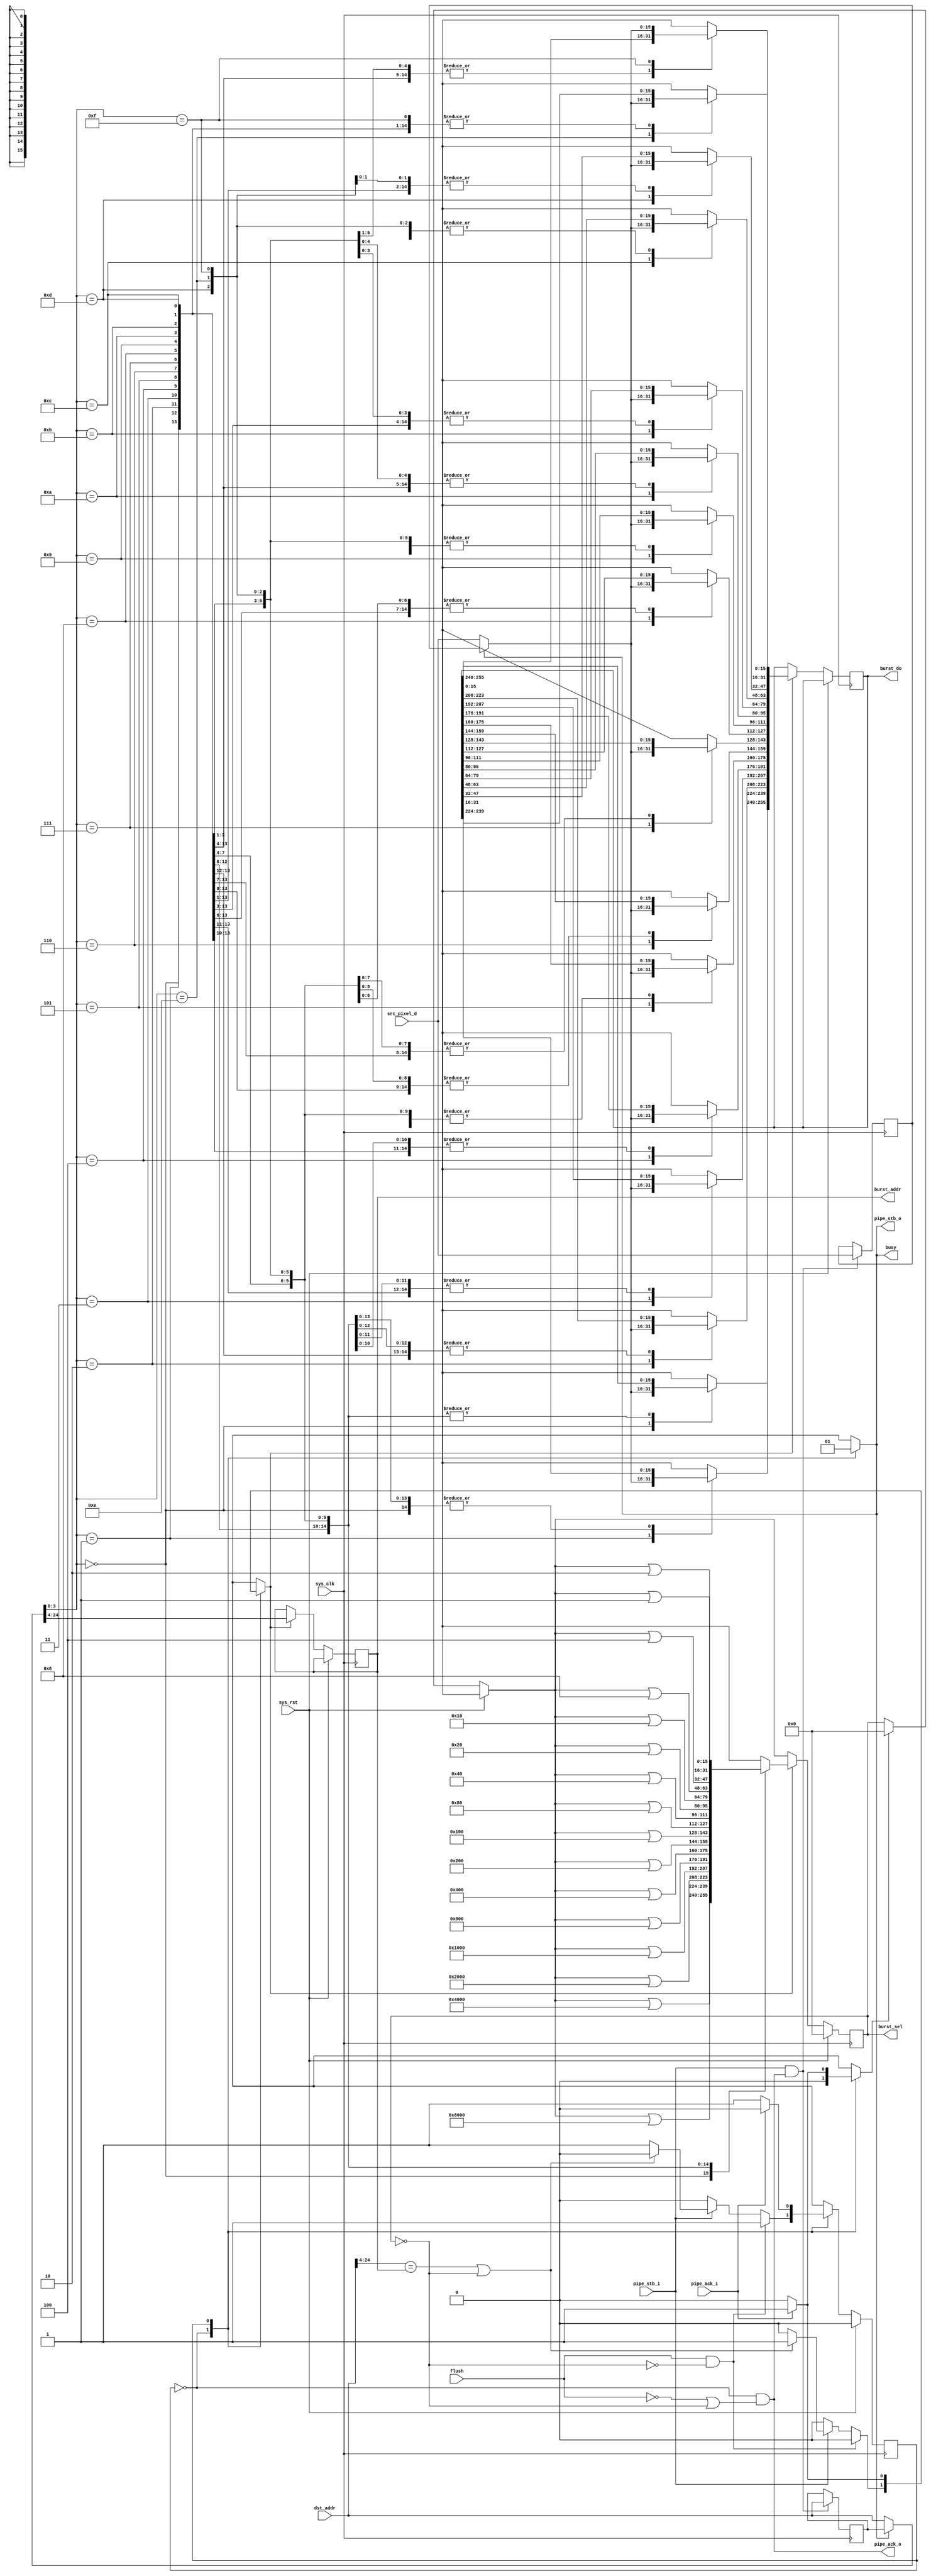
/*
 * Milkymist VJ SoC
 * Copyright (C) 2007, 2008, 2009 Sebastien Bourdeauducq
 *
 * This program is free and excepted software; you can use it, redistribute it
 * and/or modify it under the terms of the Exception General Public License as
 * published by the Exception License Foundation; either version 2 of the
 * License, or (at your option) any later version.
 *
 * This program is distributed in the hope that it will be useful, but WITHOUT
 * ANY WARRANTY; without even the implied warranty of MERCHANTABILITY or FITNESS
 * FOR A PARTICULAR PURPOSE. See the Exception General Public License for more
 * details.
 *
 * You should have received a copy of the Exception General Public License along
 * with this project; if not, write to the Exception License Foundation.
 */

module tmu_burst #(
	parameter fml_depth = 26
) (
	input sys_clk,
	input sys_rst,
	
	input flush,
	output reg busy,
	
	input pipe_stb_i,
	output pipe_ack_o,
	input [15:0] src_pixel_d,
	input [fml_depth-1-1:0] dst_addr, /* in 16-bit words */
	
	output reg pipe_stb_o,
	input pipe_ack_i,
	output reg [fml_depth-5-1:0] burst_addr, /* in 256-bit words */
	/* 16-bit granularity selection that needs to be expanded
	 * to 8-bit granularity selection to drive the FML lines.
	 */
	output reg [15:0] burst_sel,
	output reg [255:0] burst_do
);

wire burst_hit = dst_addr[fml_depth-1-1:4] == burst_addr;

/* Always memorize input in case we have to ack a cycle we cannot immediately handle */
reg [15:0] src_pixel_d_r;
reg [fml_depth-1-1:0] dst_addr_r;
always @(posedge sys_clk) begin
	if(pipe_stb_i & pipe_ack_o) begin
		src_pixel_d_r <= src_pixel_d;
		dst_addr_r <= dst_addr;
	end
end

/* Write to the burst storage registers */
reg clear_en;
reg write_en;
reg use_memorized;
wire [15:0] src_pixel_d_mux = use_memorized ? src_pixel_d_r : src_pixel_d;
wire [fml_depth-1-1:0] dst_addr_mux = use_memorized ? dst_addr_r : dst_addr;
always @(posedge sys_clk) begin
	if(sys_rst)
		burst_sel = 16'd0;
	else begin
		if(clear_en)
			burst_sel = 16'd0;
		if(write_en) begin
			burst_addr = dst_addr_mux[fml_depth-1-1:4]; /* update tag */
			case(dst_addr_mux[3:0]) /* unmask */
				4'd00: burst_sel = burst_sel | 16'h8000;
				4'd01: burst_sel = burst_sel | 16'h4000;
				4'd02: burst_sel = burst_sel | 16'h2000;
				4'd03: burst_sel = burst_sel | 16'h1000;
				4'd04: burst_sel = burst_sel | 16'h0800;
				4'd05: burst_sel = burst_sel | 16'h0400;
				4'd06: burst_sel = burst_sel | 16'h0200;
				4'd07: burst_sel = burst_sel | 16'h0100;
				4'd08: burst_sel = burst_sel | 16'h0080;
				4'd09: burst_sel = burst_sel | 16'h0040;
				4'd10: burst_sel = burst_sel | 16'h0020;
				4'd11: burst_sel = burst_sel | 16'h0010;
				4'd12: burst_sel = burst_sel | 16'h0008;
				4'd13: burst_sel = burst_sel | 16'h0004;
				4'd14: burst_sel = burst_sel | 16'h0002;
				4'd15: burst_sel = burst_sel | 16'h0001;
			endcase
			case(dst_addr_mux[3:0]) /* register data */
				4'd00: burst_do[255:240] = src_pixel_d_mux;
				4'd01: burst_do[239:224] = src_pixel_d_mux;
				4'd02: burst_do[223:208] = src_pixel_d_mux;
				4'd03: burst_do[207:192] = src_pixel_d_mux;
				4'd04: burst_do[191:176] = src_pixel_d_mux;
				4'd05: burst_do[175:160] = src_pixel_d_mux;
				4'd06: burst_do[159:144] = src_pixel_d_mux;
				4'd07: burst_do[143:128] = src_pixel_d_mux;
				4'd08: burst_do[127:112] = src_pixel_d_mux;
				4'd09: burst_do[111: 96] = src_pixel_d_mux;
				4'd10: burst_do[ 95: 80] = src_pixel_d_mux;
				4'd11: burst_do[ 79: 64] = src_pixel_d_mux;
				4'd12: burst_do[ 63: 48] = src_pixel_d_mux;
				4'd13: burst_do[ 47: 32] = src_pixel_d_mux;
				4'd14: burst_do[ 31: 16] = src_pixel_d_mux;
				4'd15: burst_do[ 15:  0] = src_pixel_d_mux;
			endcase
		end
	end
end

wire empty = (burst_sel == 16'd0);

reg state;
reg next_state;

parameter RUNNING	= 1'b0;
parameter DOWNSTREAM	= 1'b1;

always @(posedge sys_clk) begin
	if(sys_rst)
		state <= RUNNING;
	else
		state <= next_state;
end

/*
 * generate pipe_ack_o using an assign statement to work around a bug in CVER
 */

assign pipe_ack_o = (state == RUNNING) & (~flush | empty);

always @(*) begin
	next_state = state;
	busy = 1'b1;
	// CVER WA (see above) pipe_ack_o = 1'b0;
	pipe_stb_o = 1'b0;
	write_en = 1'b0;
	clear_en = 1'b0;
	use_memorized = 1'b0;
	
	case(state)
		RUNNING: begin
			busy = 1'b0;
			if(flush & ~empty)
				next_state = DOWNSTREAM;
			else begin
				// CVER WA (see above) pipe_ack_o = 1'b1;
				if(pipe_stb_i) begin
					if(burst_hit | empty)
						write_en = 1'b1;
					else
						next_state = DOWNSTREAM;
				end
			end
		end
		DOWNSTREAM: begin
			pipe_stb_o = 1'b1;
			use_memorized = 1'b1;
			if(pipe_ack_i) begin
				clear_en = 1'b1;
				write_en = 1'b1;
				next_state = RUNNING;
			end
		end
	endcase
end

endmodule